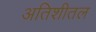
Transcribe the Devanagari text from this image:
अतिशीतल